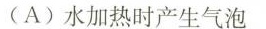
(A)水加热时产生气泡